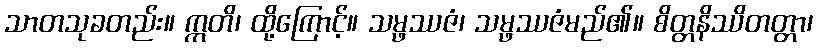
သာတသုခတည်း။ ဣတိ၊ ထို့ကြောင့်။ သမ္ဖဿဇံ၊ သမ္ဖဿဇံမည်၏။ စိတ္တနိဿိတတ္တာ၊